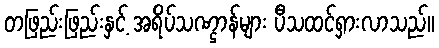
တဖြည်းဖြည်းနှင့် အရိပ်သဏ္ဌာန်များ ပီသထင်ရှားလာသည်။